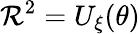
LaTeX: {\mathcal R}^{2}=U_{\xi}(\theta)